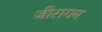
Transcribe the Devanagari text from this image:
जीरागम